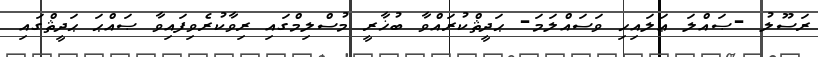
ރަސޫލު -ޞައްލަ ޢަލައިހި ވަސައްލަމަ- ޙަދީޘްކުރައްވާ ބުޚާރީ މުސްލިމްގައި ރިވާކުރެވިފައިވާ ޞައްޙަ ޙަދީޘްގައި